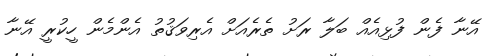
އޭނާ ފެން ފުޅިއެއް ބަލާ ރަށު ތެރެއަށް އެރިވަޤުތު އެންމެން ހީކުރީ އޭނާ